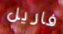
فاريل